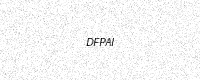
Text: DFPAI